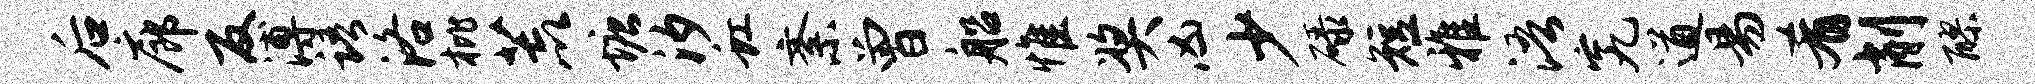
后廊反溥语洛枇荒塘汐虹紊曾船惟奖凶少碌短雅浯究遒易肴削醪